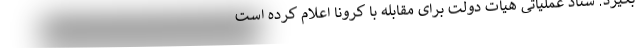
بگیرد. ستاد عملیاتی هیات دولت برای مقابله با کرونا اعلام کرده است